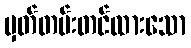
မှတ်တမ်းတင်ထားသော